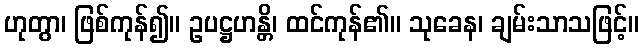
ဟုတွာ၊ ဖြစ်ကုန်၍။ ဥပဋ္ဌဟန္တိ၊ ထင်ကုန်၏။ သုခေန၊ ချမ်းသာသဖြင့်။